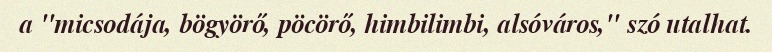
a "micsodája, bögyörő, pöcörő, himbilimbi, alsóváros," szó utalhat.